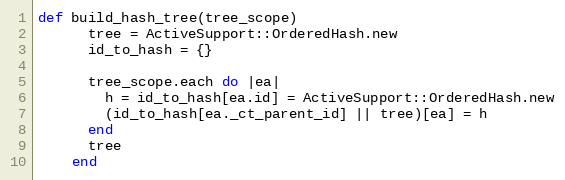
Language: Ruby
def build_hash_tree(tree_scope)
      tree = ActiveSupport::OrderedHash.new
      id_to_hash = {}

      tree_scope.each do |ea|
        h = id_to_hash[ea.id] = ActiveSupport::OrderedHash.new
        (id_to_hash[ea._ct_parent_id] || tree)[ea] = h
      end
      tree
    end